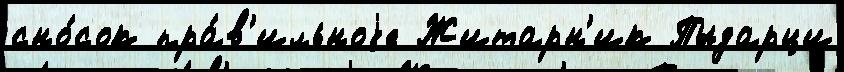
сно́сок пра́в'ильноjе Житарн'ик Пыдарци